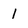
Character: 1